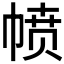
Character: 𪩸